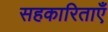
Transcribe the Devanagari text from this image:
सहकारिताएँ